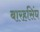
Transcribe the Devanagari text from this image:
बारहसिंघ